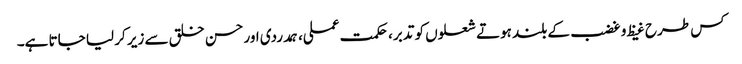
کس طرح غیظ و غضب کے بلند ہوتے شعلوں کو تدبر، حکمت عملی، ہمدردی اور حسن خلق سے زیر کر لیا جاتا ہے۔